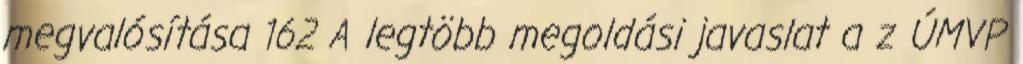
megvalósítása 162 A legtöbb megoldási javaslat a z ÚMVP